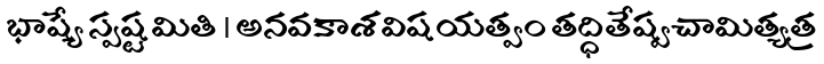
భాష్యే స్పష్టమితి । అనవకాశవిషయత్వం తద్ధితేష్వచామిత్యత్ర